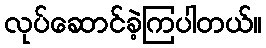
လုပ်ဆောင်ခဲ့ကြပါတယ်။